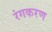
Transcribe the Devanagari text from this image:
रंगकरण